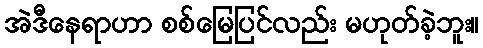
အဲဒီနေရာဟာ စစ်မြေပြင်လည်း မဟုတ်ခဲ့ဘူး။